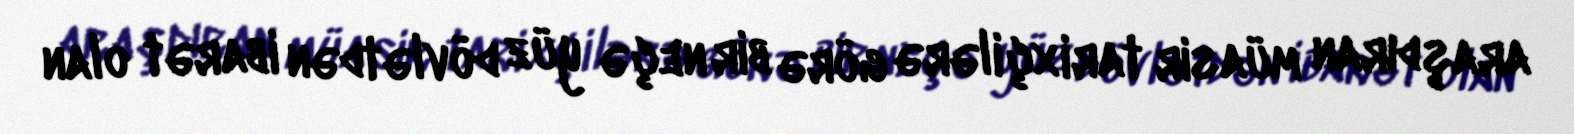
araşdıran müasir tarixçilərə görə bir neçə yüz dövlətdən ibarət olan